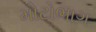
મોટોભાગ